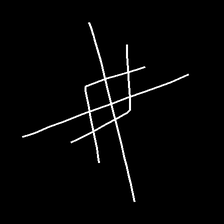
Glyph: crystal